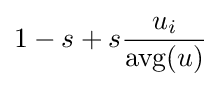
1-s+s{\frac {u_{i}}{\operatorname {avg} (u)}}